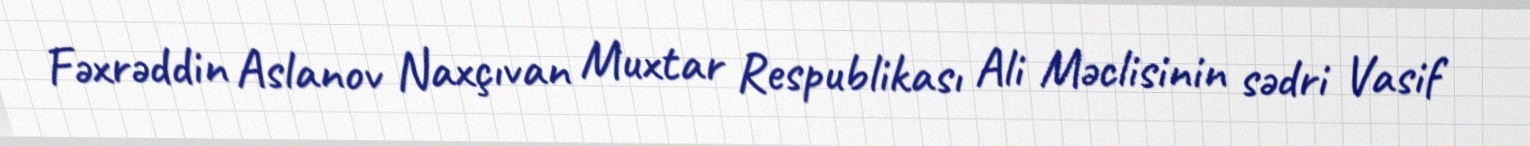
Fəxrəddin Aslanov Naxçıvan Muxtar Respublikası Ali Məclisinin sədri Vasif